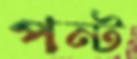
পন্ট